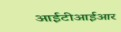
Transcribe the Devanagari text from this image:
आईटीआईआर